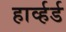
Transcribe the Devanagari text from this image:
हार्व्हर्ड